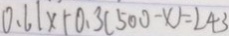
0 . 6 1 x + 0 . 3 ( 5 0 0 - x ) = 2 4 3